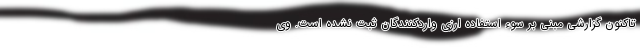
تاکنون گزارشی مبنی بر سوء استفاده ارزی واردکنندگان ثبت نشده است. وی